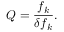
Q = { \frac { f _ { k } } { \delta f _ { k } } } .